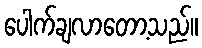
ပေါက်ချလာတော့သည်။